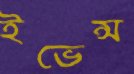
ইভেন্স